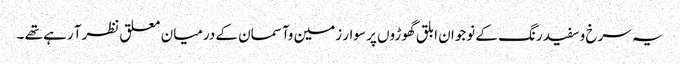
یہ سرخ وسفید رنگ کے نوجوان ابلق گھوڑوں پر سوار زمین وآسمان کے درمیان معلق نظرآ رہے تھے ۔